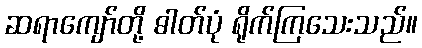
ဆရာကျော်တို့ ဓါတ်ပုံ ရိုက်ကြသေးသည်။